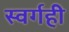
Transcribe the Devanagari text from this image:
स्वर्गही